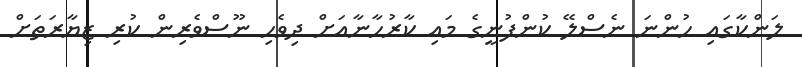
ލަންކާގައި ހުންނަ ނެސްލޭ ކުންފުނީގެ މައި ކާރުހާނާއަށް ދިވެހި ނޫސްވެރިން ކުރި ޒިޔާރަތަށް